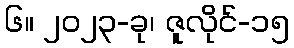
၆။ ၂၀၂၃-ခု၊ ဇူလိုင်-၁၅